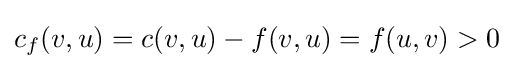
c_{f}(v,u)=c(v,u)-f(v,u)=f(u,v)>0